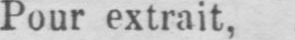
Pour extrait,